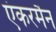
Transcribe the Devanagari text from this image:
एंकरमैन